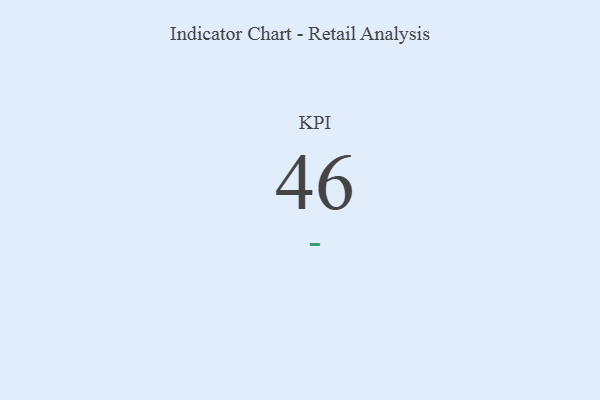
{"axis": {"x": "KPI", "y": "Value"}, "legend": [""], "data": [{"x": "KPI", "y": 46, "type": ""}]}